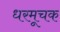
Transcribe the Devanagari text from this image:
धरमूचक